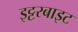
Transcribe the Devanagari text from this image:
इट्टरबाइट